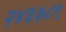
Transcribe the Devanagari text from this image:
२४३३८९